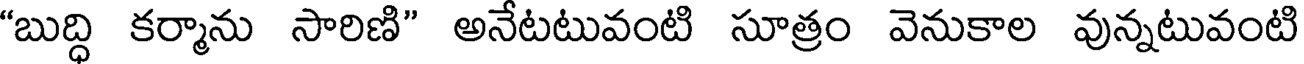
"బుద్ధి కర్మాను సారిణి" అనేటటువంటి సూత్రం వెనుకాల వున్నటువంటి